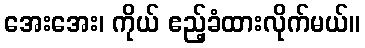
အေးအေး၊ ကိုယ် ဧည့်ခံထားလိုက်မယ်။